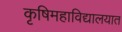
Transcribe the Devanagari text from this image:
कृषिमहाविद्यालयात